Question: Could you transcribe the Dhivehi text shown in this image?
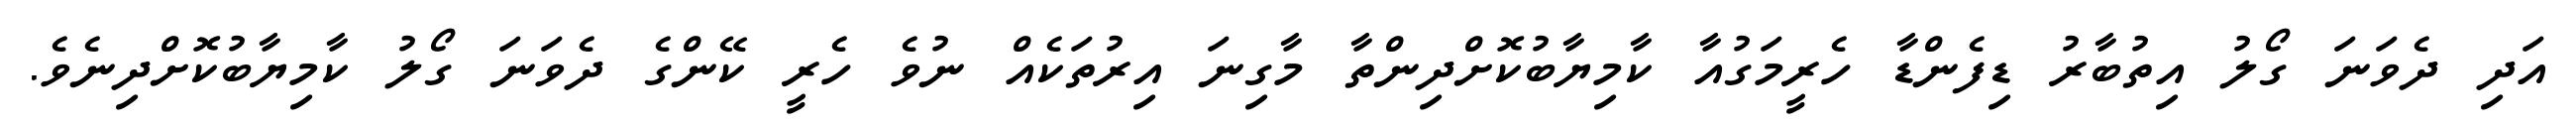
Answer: އަދި ދެވަނަ ގޯލު އިތުބާރު ޑިފެންޑާ ހެރީމަގުއާ ކާމިޔާބުކޮށްދިންތާ މާގިނަ އިރުތަކެއް ނުވެ ހެރީ ކޭންގެ ދެވަނަ ގޯލު ކާމިޔާބުކޮށްދިނެވެ.